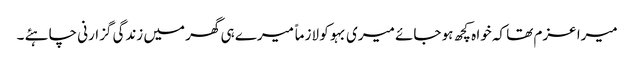
میرا عزم تھا کہ خوا ہ کچھ ہو جائے میری بہو کو لازماً میرے ہی گھر میں زندگی گزارنی چاہئے ۔